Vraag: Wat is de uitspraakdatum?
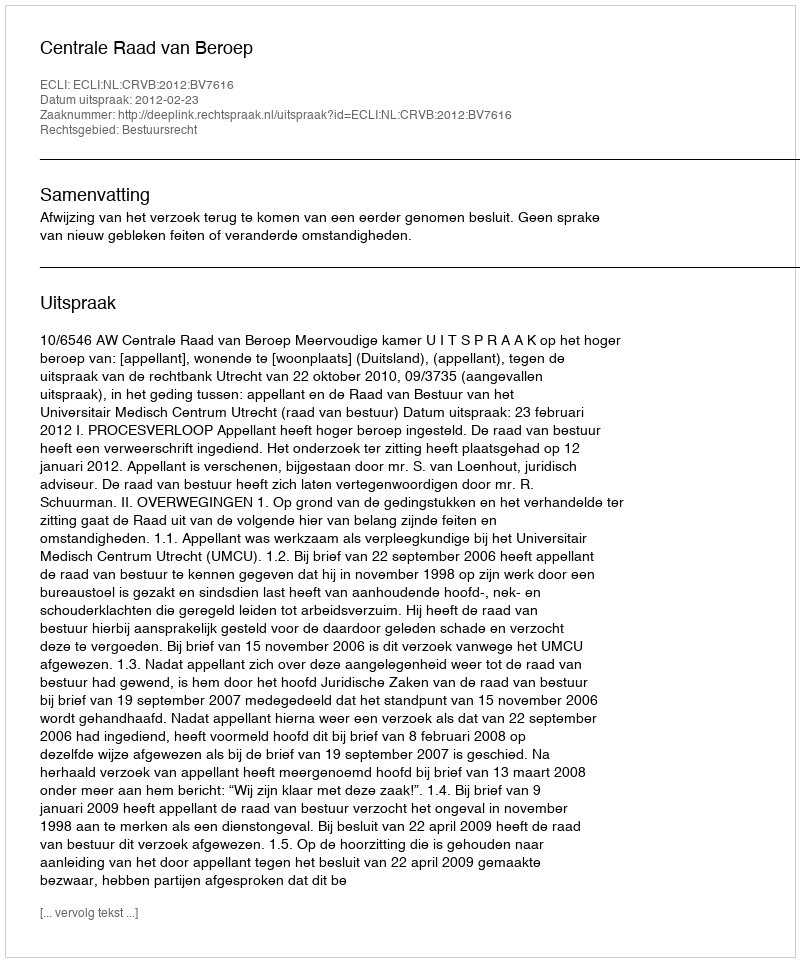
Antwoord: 2012-02-23